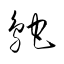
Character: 鴕